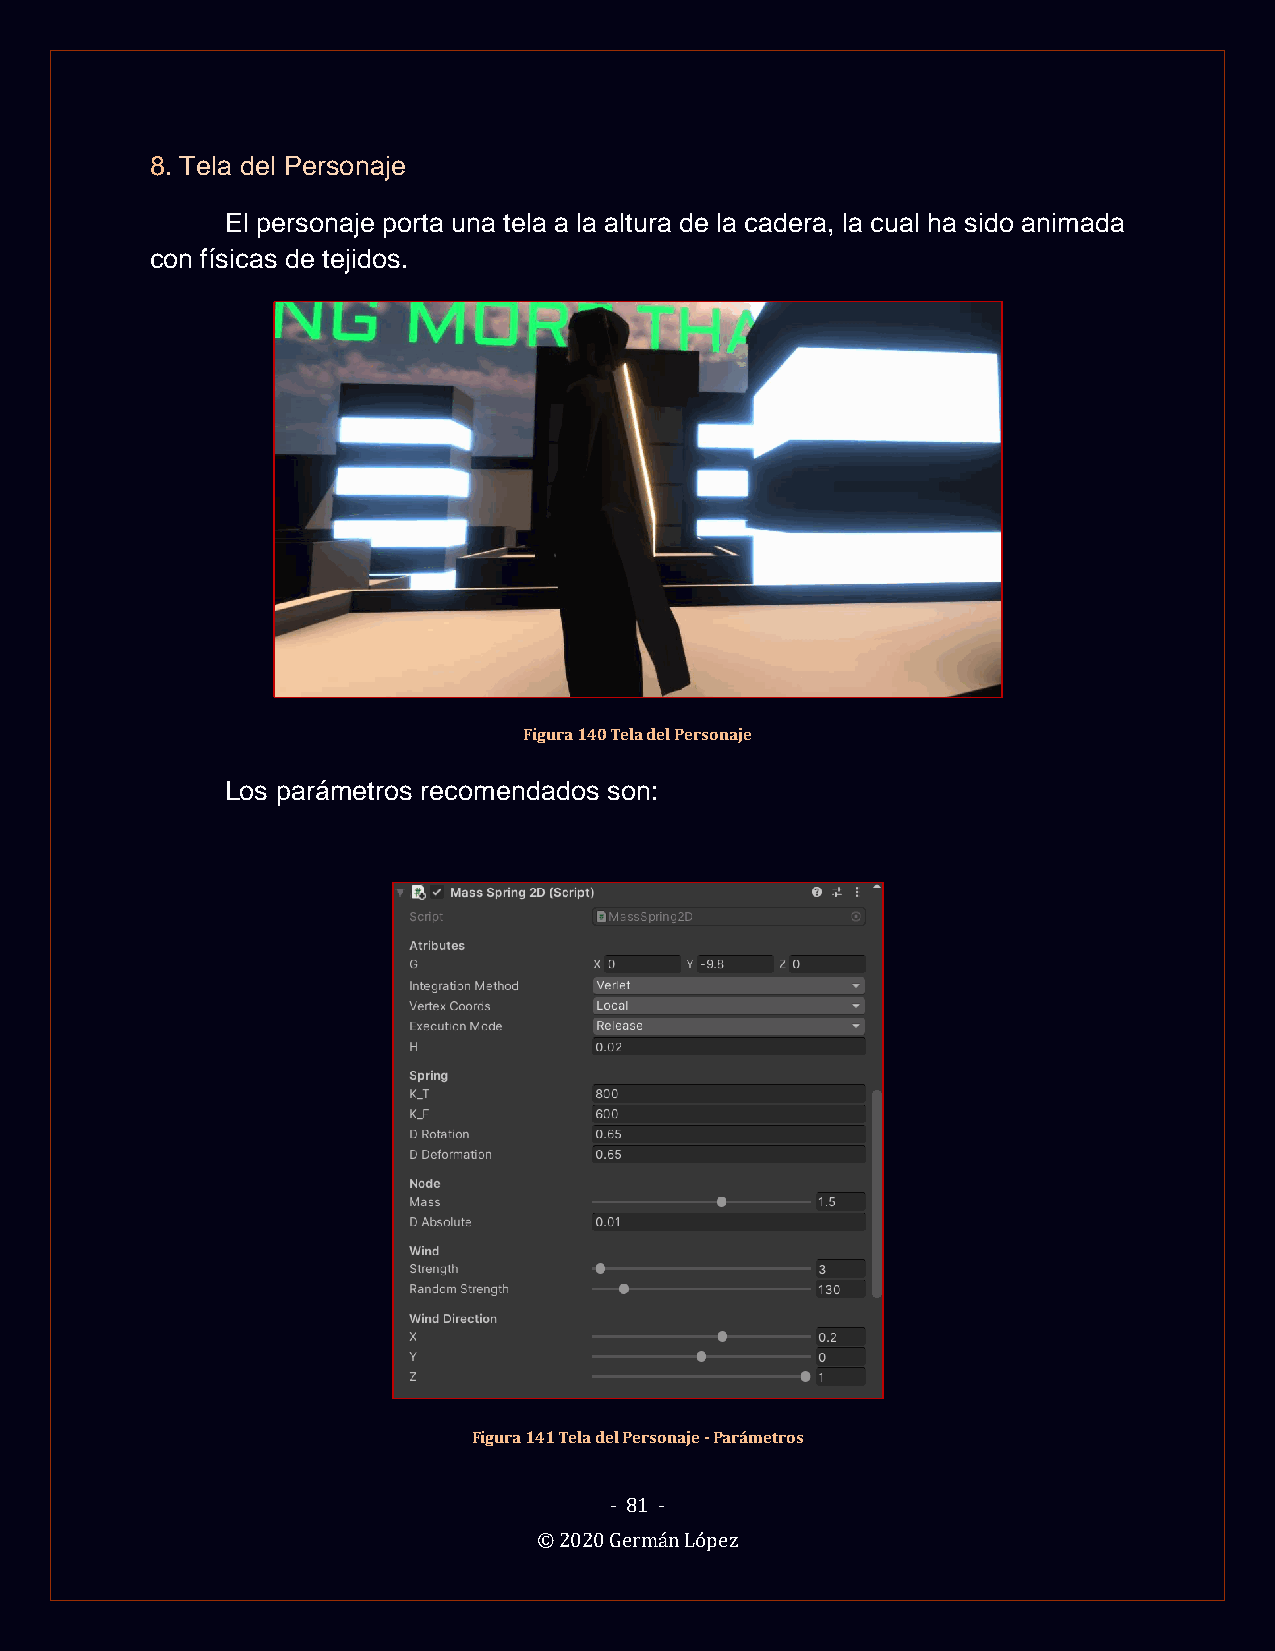
8. Tela del Personaje
 El personaje porta una tela a la altura de la cadera, la cual ha sido animada
 con físicas de tejidos.
 Figura 140 Tela del Personaje
 Los parámetros recomendados son:
 Figura 141 Tela del Personaje - Parámetros
 - 81 -
 © 2020 Germán López